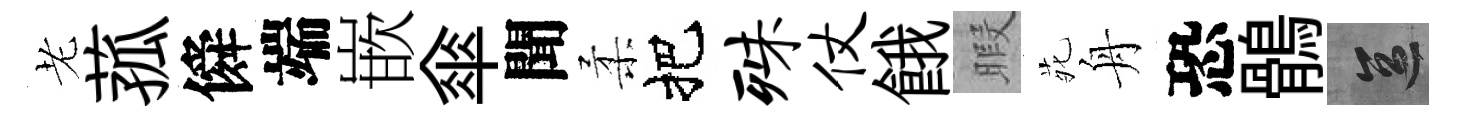
老菰僢端嵌傘聞柔把殊仗餓暇𫟍舟恐鶻區